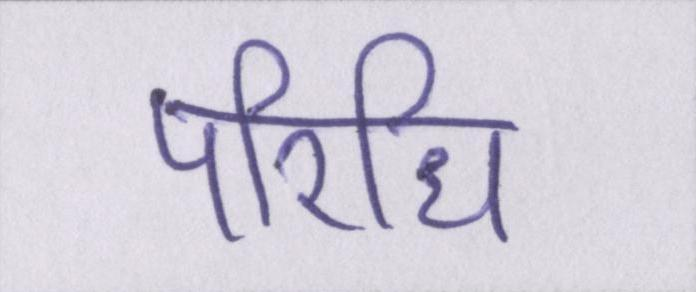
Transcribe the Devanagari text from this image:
परिधि